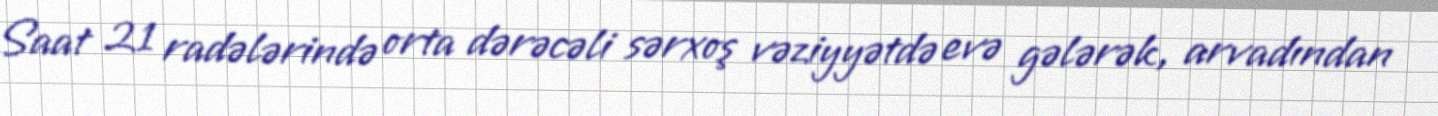
Saat 21 radələrində orta dərəcəli sərxoş vəziyyətdə evə gələrək, arvadından